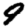
Digit: 9